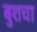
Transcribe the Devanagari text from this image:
बुशचा